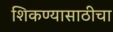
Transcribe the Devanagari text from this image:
शिकण्यासाठीचा